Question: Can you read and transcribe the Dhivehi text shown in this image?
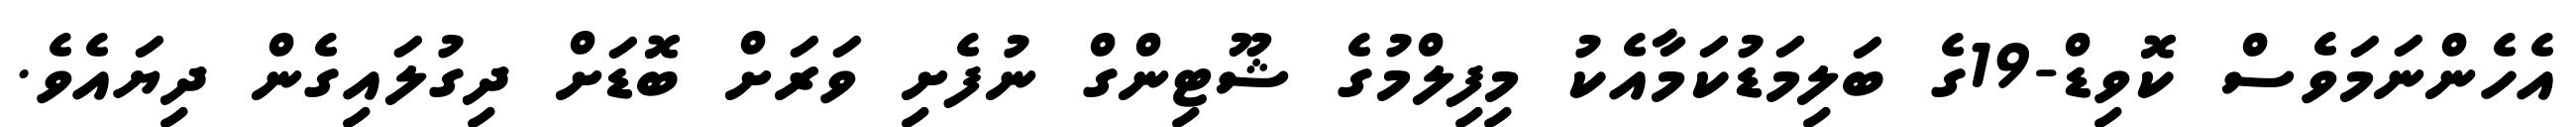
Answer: އެހެންނަމަވެސް ކޮވިޑް-19ގެ ބަލިމަޑުކަމާއެކު މިފިލްމުގެ ޝޫޓިންގް ނުފެށި ވަރަށް ބޮޑަށް ދިގުލައިގެން ދިޔައެވެ.